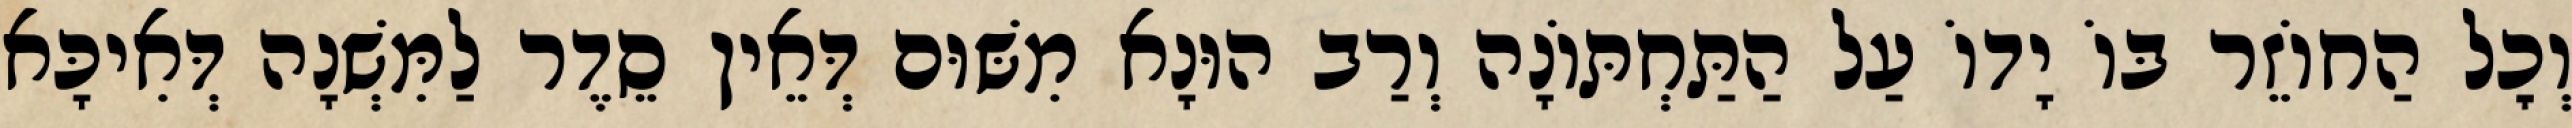
וְכׇל הַחוֹזֵר בּוֹ יָדוֹ עַל הַתַּחְתּוֹנָה וְרַב הוּנָא מִשּׁוּם דְּאֵין סֵדֶר לַמִּשְׁנָה דְּאִיכָּא